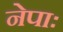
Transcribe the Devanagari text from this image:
नेपाः